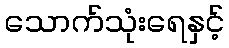
သောက်သုံးရေနှင့်